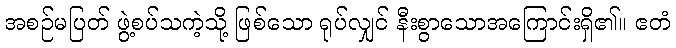
အစဉ်မပြတ် ဖွဲ့စပ်သကဲ့သို့ ဖြစ်သော ရုပ်လျှင် နီးစွာသောအကြောင်းရှိ၏။ ဧတံ